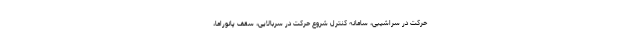
حرکت در سراشیبی، سامانه کنترل شروع حرکت در سربالایی، سقف پانوراما،